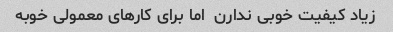
زیاد کیفیت خوبی ندارن  اما برای کارهای معمولی خوبه